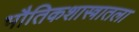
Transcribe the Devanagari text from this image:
भौतिकशास्त्रातला